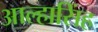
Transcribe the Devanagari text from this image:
आल्हासिंह